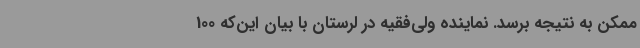
ممکن به نتیجه برسد. نماینده ولی‌فقیه در لرستان با بیان این‌که 100